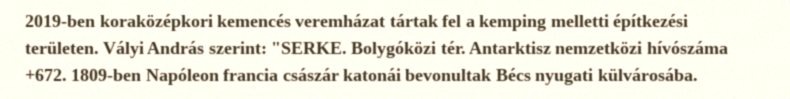
2019-ben koraközépkori kemencés veremházat tártak fel a kemping melletti építkezési területen. Vályi András szerint: "SERKE. Bolygóközi tér. Antarktisz nemzetközi hívószáma +672. 1809-ben Napóleon francia császár katonái bevonultak Bécs nyugati külvárosába.